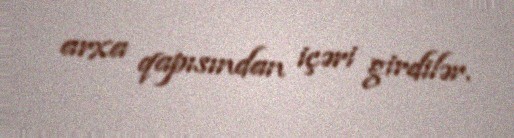
arxa qapısından içəri girdilər.